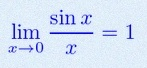
\lim_{x\to0}\frac{\sin x}{x}=1